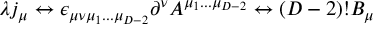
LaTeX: \lambda j _ { \mu } \leftrightarrow \epsilon _ { \mu \nu \mu _ { 1 } . . . \mu _ { D - 2 } } \partial ^ { \nu } A ^ { \mu _ { 1 } . . . \mu _ { D - 2 } } \leftrightarrow ( D - 2 ) ! B _ { \mu }